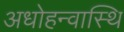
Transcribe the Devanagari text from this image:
अधोहन्वास्थि